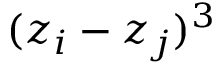
( z _ { i } - z _ { j } ) ^ { 3 }